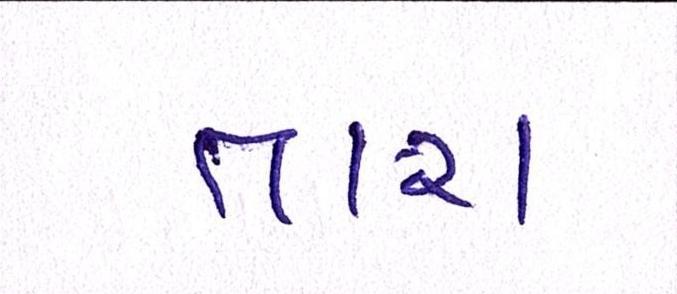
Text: તારા